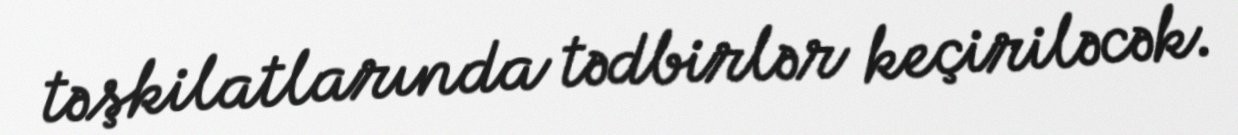
təşkilatlarında tədbirlər keçiriləcək.